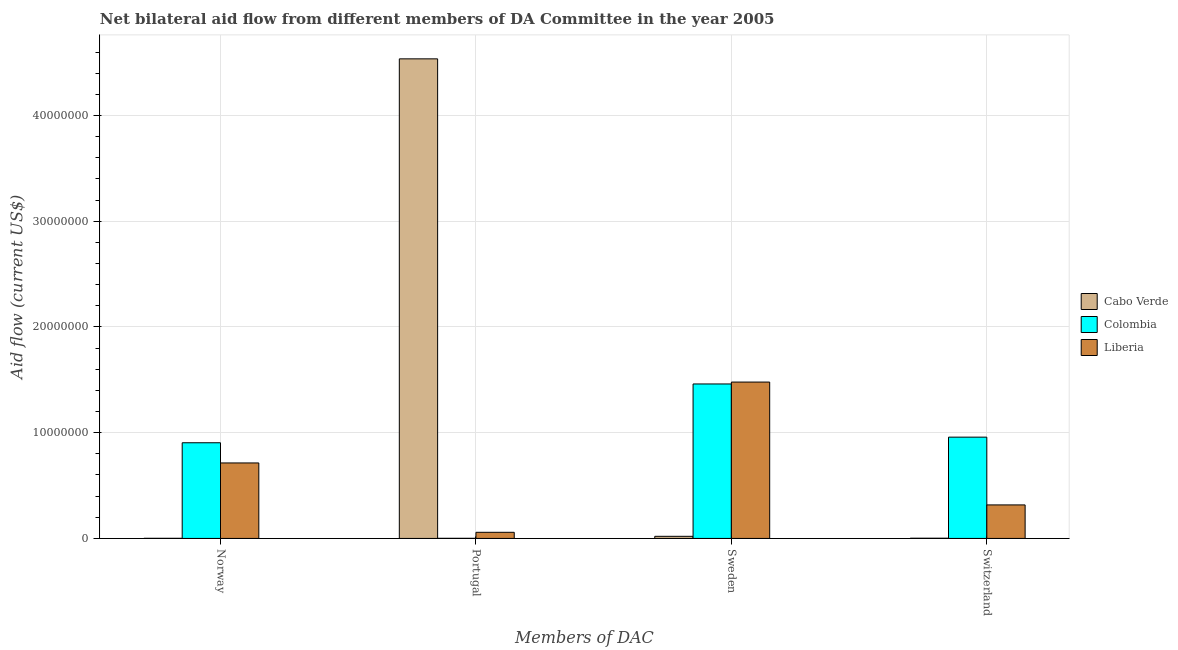
| Members of DAC | Cabo Verde | Colombia | Liberia |
 | --- | --- | --- | --- |
 | Norway | 1e+04 | 9.05e+06 | 7.14e+06 |
 | Portugal | 4.54e+07 | 1e+04 | 5.8e+05 |
 | Sweden | 2e+05 | 1.46e+07 | 1.48e+07 |
 | Switzerland | 2e+04 | 9.58e+06 | 3.17e+06 |